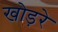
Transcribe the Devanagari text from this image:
खोड़रे